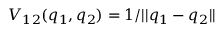
V _ { 1 2 } ( \b { q } _ { 1 } , \b { q } _ { 2 } ) = 1 / | | \b { q } _ { 1 } - \b { q } _ { 2 } | |